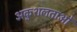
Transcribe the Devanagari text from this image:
अकुशलताओं